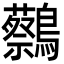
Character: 𪇭